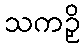
သကဉှိ